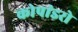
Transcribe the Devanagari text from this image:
कोपांडरो